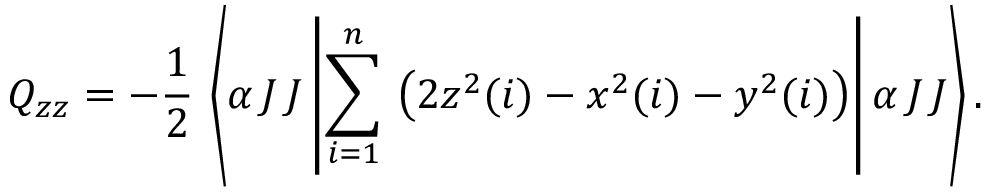
Q _ { z z } = - \frac { 1 } { 2 } \, \left< \alpha \, J \, J \left| \sum _ { i = 1 } ^ { n } \, \left( 2 z ^ { 2 } ( i ) - x ^ { 2 } ( i ) - y ^ { 2 } ( i ) \right) \right| \alpha \, J \, J \right> .